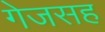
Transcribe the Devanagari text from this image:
गेजसह